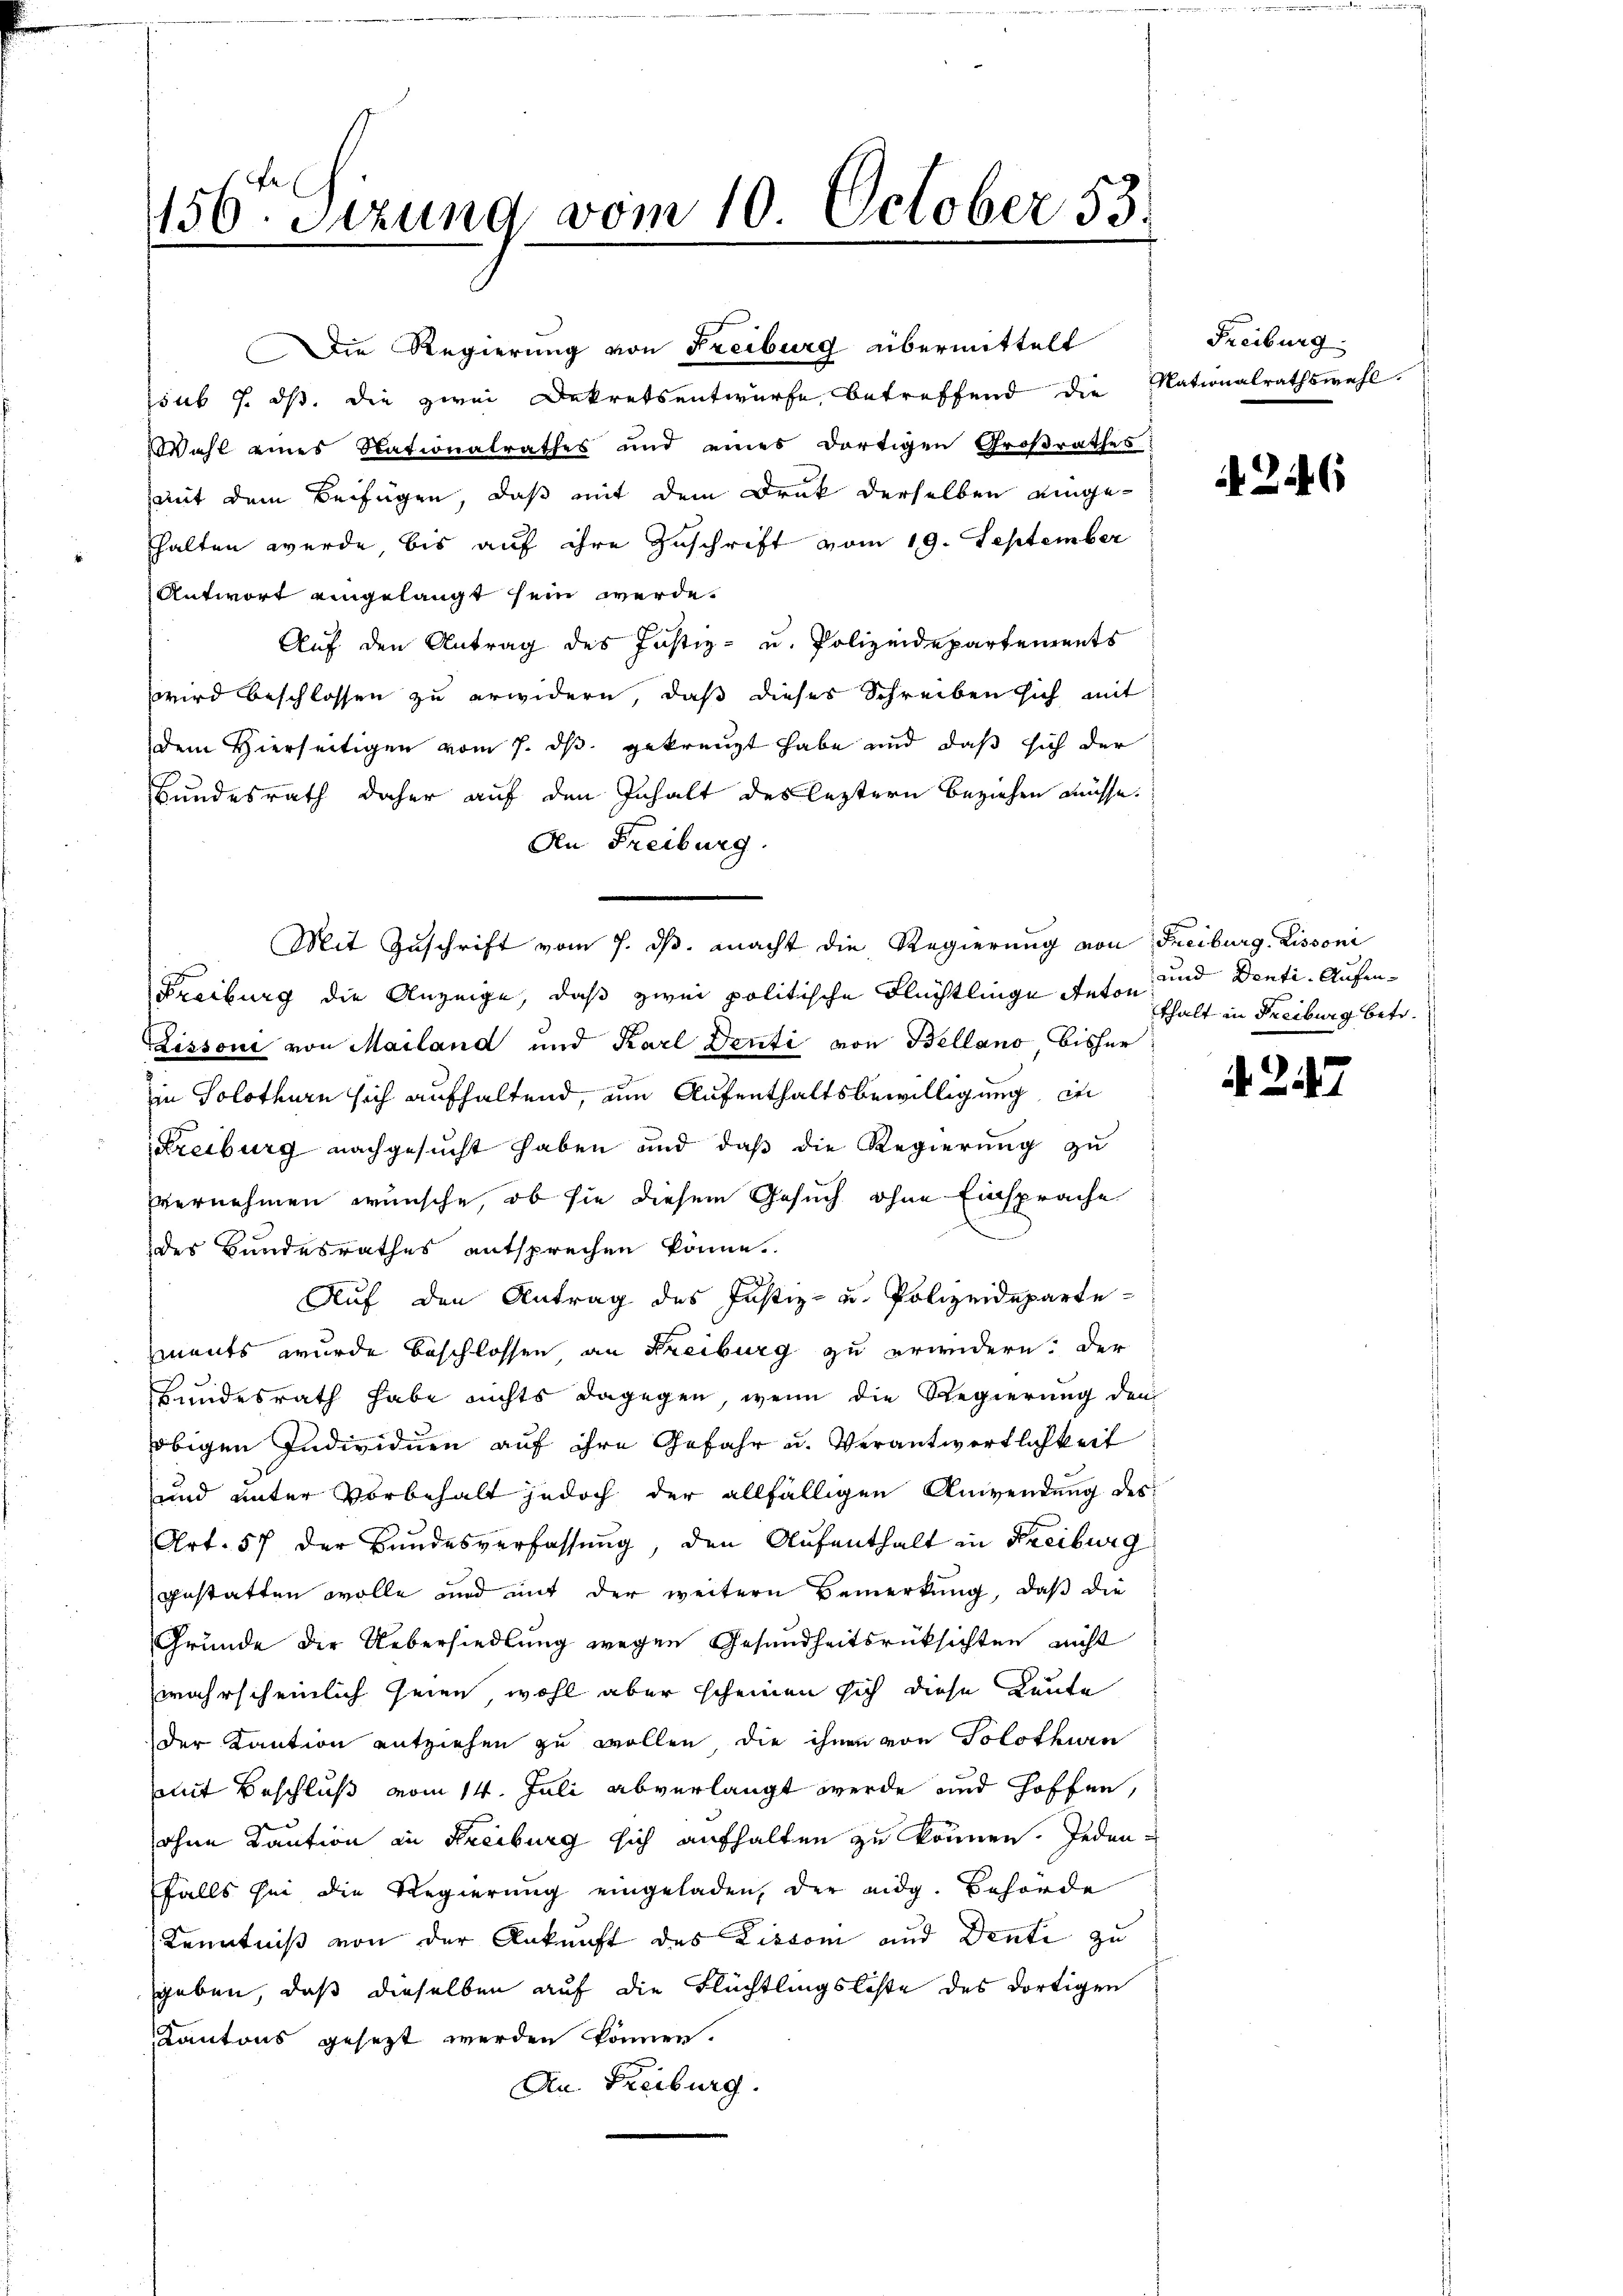
Die Regierung von Freiburg übermittelt
sub 7. ds. die zwei Dekretsentwurfe, betreffend die
Wahl eines Nationalrathes und eines dortigen Großrathes
mit dem Beifügen, daß mit dem Druk derselben eingehalten werde, bis auf ihre Zuschrift vom 19. September
Antwort eingelangt sein werde.
Auf den Antrag des Justiz- u. Polizeidepartements
wird beschlossen zu erwidern, daß dieses Schreiben sich mit
dem Hierseitigen vom 7. ds. gekreuzt habe und daß sich der
Bundesrath daher auf den Inhalt des leztern Beziehen müsse.
An Freiburg.
Mit Zuschrift vom 7. ds. macht die Regierung von Freiburg. Lissoni
Freiburg die Anzeige, daß zwei politische Flüchtlinge Anton
Lissoni von Mailand und Karl Denti von Bellano bisher
in Solothurn sich aufhaltend, um Aufenthaltsbewilligung in
Freiburg nachgesucht haben und daß die Regierung zu
vernehmen wünsche, ob sie diesem Gesuch ohne Einsprache
der Bundesrathes entsprechen könne.
Auf den Antrag des Justiz- u. Polizeideparte-
zments wurde beschlossen an Freiburg zu erwidern. Der
Bundesrath habe nichts dagegen, wenn die Regierung den
obigen Individuen auf ihre Gefahr u. Verantwortlichkeit
und unter Vorbehalt jedoch der allfälligen Anwendung des
Art. 57 der Bundesverfassung, den Aufenthalt in Freiburg
gestatten wolle und mit der weitern Bemerkung, daß die
Grunde der Uebersiedlung wegen Gesundheitsrücksichten nicht
wahrscheinlich seien wohl aber scheinen sich diese Leute
der Kaution entziehen zu wollen, die ihnen von Solothurn
mit Beschluß vom 14. Juli abverlangt werde und hoffen,
Bern
ohne Kaution in Freiburg sich aufhalten zu können. Jeden
falls sei die Regierung eingeladen, der eidg. Behörde
Kenntniß von der Ankunft des Lisson und Denti zu
geben, daß dieselben auf die Flüchtlingsliste des dortigen
Kantons gesezt werden können.
An Freiburg.

156. Sizung vom 10. October 53.

Freiburg.
Nationalrathswahl.

26

und Denti- Aufenthalt in Freiburg betr.

4247